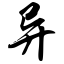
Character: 异